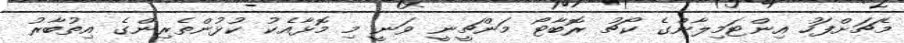
މެޗަށްފަހު އިންޓަމިލާންގެ ކޯޗު ރޮބާޓޯ މަންޗީނީ ވަނީ މި މޮޅާއެކު ކުޅުންތެރިންގެ އިތުބާރު